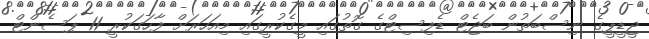
ޖީޑީޕީގެ ނިސްބަތުން ބަޖެޓް ޑެފިސިޓްގެ ގޮތުގައި މީގެކުރީގައި މިއަހަރަށް ފާހަގަކުރީ 11 ޕަސެންޓް